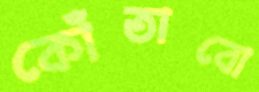
কোঁতাবো